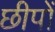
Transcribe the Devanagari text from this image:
छीपों